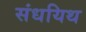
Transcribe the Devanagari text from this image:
संधयिथ